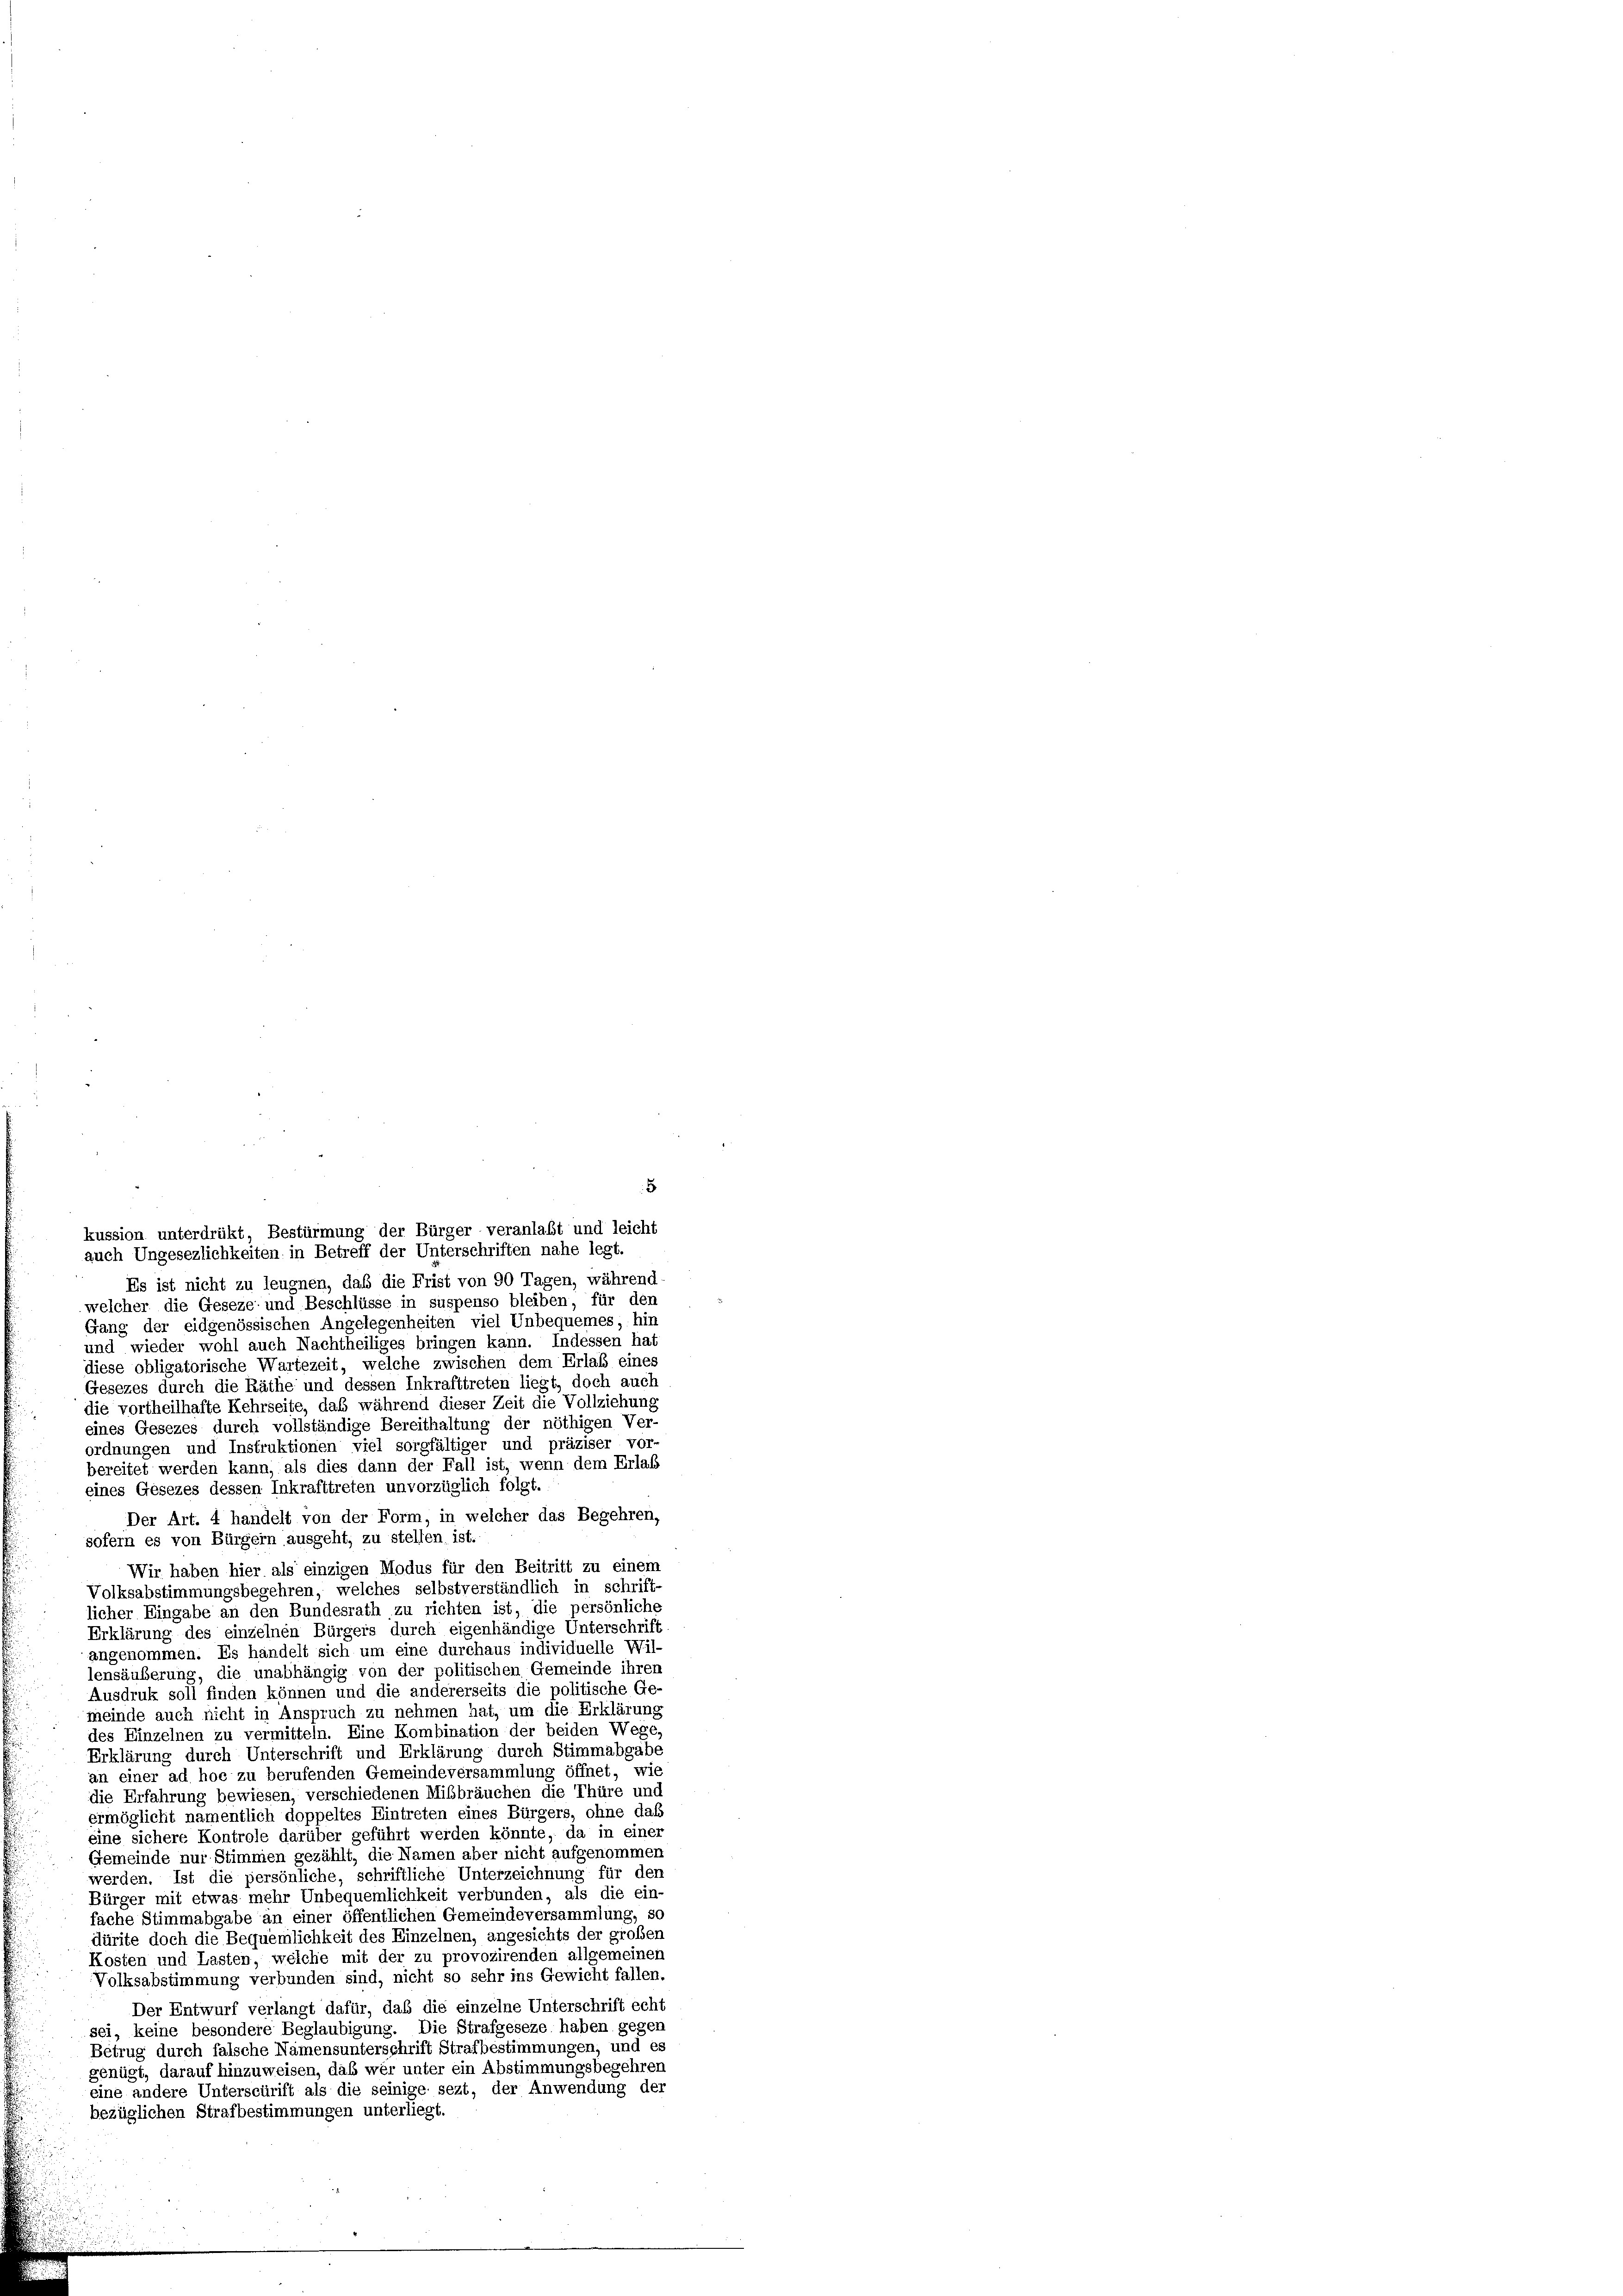
Es ist nicht zu leugnen, daß die Frist von 90 Tagen, während
welcher die Geseze und Beschlüsse in suspenso bleiben, für den
Gang der eidgenössischen Angelegenheiten viel Unbequemes, hin
und wieder wohl auch Nachtheiliges bringen kann. Indessen hat
diese obligatorische Wartezeit, welche zwischen dem Erlaß eines
Gesezes durch die Räthe und dessen Inkrafttreten liegt, doch auch
die vortheilhafte Kehrseite, daß während dieser Zeit die Vollziehung
eines Gesezes durch vollständige Bereithaltung der nöthigen Ver
ordnungen und Instruktionen viel sorgfältiger und präziser vor-
bereitet werden kann, als dies dann der Fall ist, wenn dem Erlaß
eines Gesezes dessen Inkrafttreten unvorzüglich folgt.
Der Art. 4 handelt von der Form, in welcher das Begehren,
sofern es von Bürgern ausgeht, zu stellen ist.
Wir haben hier als einzigen Modus für den Beitritt zu einem
Volksabstimmungsbegehren, welches selbstverständlich in schrift-
licher Eingabe an den Bundesrath zu richten ist, die persönliche
Erklärung des einzelnen Bürgers durch eigenhändige Unterschrift
angenommen. Es handelt sich um eine durchaus individuelle Wil-
lensäußerung, die unabhängig von der politischen Gemeinde ihren
Ausdruk soll finden können und die andererseits die politische Ge-
meinde auch nicht in Anspruch zu nehmen hat, um die Erklärung
des Einzelnen zu vermitteln. Eine Kombination der beiden Wege,
Erklärung durch Unterschrift und Erklärung durch Stimmabgabe
an einer ad hoc zu berufenden Gemeindeversammlung öffnet, wie
die Erfahrung bewiesen, verschiedenen Mißbräuchen die Thüre und
ermöglicht namentlich doppeltes Eintreten eines Bürgers, ohne daß
eine sichere Kontrole darüber geführt werden könnte, da in einer
Gemeinde nur Stimmen gezählt, die Namen aber nicht aufgenommer
werden. Ist die persönliche, schriftliche Unterzeichnung für den
Bürger mit etwas mehr Unbequemlichkeit verbunden, als die ein
fache Stimmabgabe an einer öffentlichen Gemeindeversammlung, so
dürite doch die Bequemlichkeit des Einzelnen, angesichts der großen
Kosten und Lasten, welche mit der zu provozirenden allgemeiner
Volksabstimmung verbunden sind, nicht so sehr ins Gewicht fallen.
Der Entwurf verlangt dafür, daß die einzelne Unterschrift echt
sei, keine besondere Beglaubigung. Die Strafgeseze haben gegen
Betrug durch falsche Namensunterschrift Strafbestimmungen, und es
genügt, darauf hinzuweisen, daß wer unter ein Abstimmungsbegehrer
eine andere Unterscürift als die seinige sezt, der Anwendung der
bezüglichen Strafbestimmungen unterliegt.

5
kussion unterdrükt, Bestürmung der Bürger veranlaßt und leicht
auch Ungesezlichkeiten in Betreff der Unterschriften nahe legt.